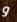
و